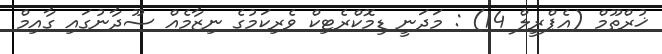
ޚުރްތޫމް (އެޕްރީލް 14) : މަދަނީ ޑިމޮކްރެޓިކް ވެރިކަމުގެ ނިޒާމެއް ސޫދާނުގައި ގާއިމް